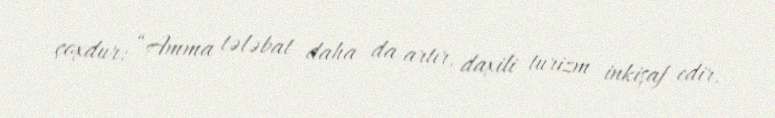
çoxdur: “Amma tələbat daha da artır, daxili turizm inkişaf edir.